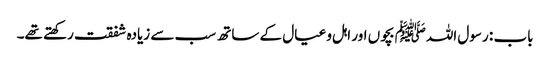
باب : رسول اللہﷺ بچوں اور اہل و عیال کے ساتھ سب سے زیادہ شفقت رکھتے تھے۔